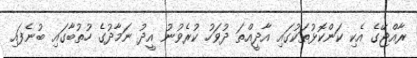
ރާއްޖޭގެ އެކި ކަންކޮޅުތަކުގައި އާދީއްތަ ދުވަހު ކުރެވުނު އީދު ނަމާދުގެ ހުތުބާގައި ބުނެފައި